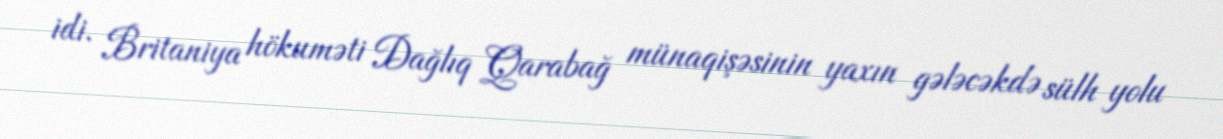
idi. Britaniya hökuməti Dağlıq Qarabağ münaqişəsinin yaxın gələcəkdə sülh yolu